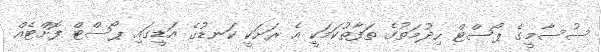
ސުސާމީގެ ޕޯސްޓް ހިދުމަތުގެ ތަފާތުކަމަކީ އެ ރަށަކީ ކަނޑުގެ އަޑީގައި ޕޯސްޓް ފޮށްޓެއް